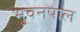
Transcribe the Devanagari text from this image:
भुवनपाल